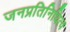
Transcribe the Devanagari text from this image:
जनप्रतिनिधित्व